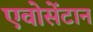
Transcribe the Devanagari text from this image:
एवोसेंटान